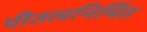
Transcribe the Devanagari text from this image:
पीतलनिर्मित